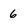
Character: 6